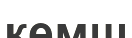
кемш